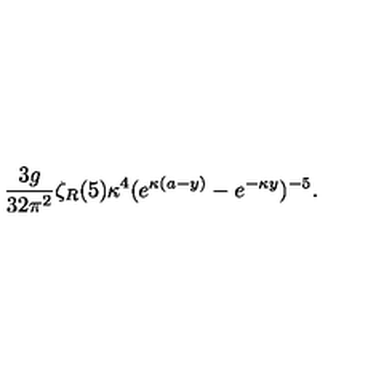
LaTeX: { \frac { 3 g } { 3 2 \pi ^ { 2 } } } \zeta _ { R } ( 5 ) \kappa ^ { 4 } ( e ^ { \kappa ( a - y ) } - e ^ { - \kappa y } ) ^ { - 5 } .